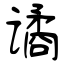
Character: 谲